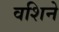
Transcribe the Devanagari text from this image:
वशिने